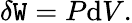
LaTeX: \delta\mathtt{W}=P\mathrm{{d}}V.